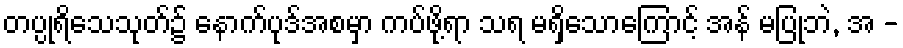
တပ္ပုရိသေသုတ်၌ နောက်ပုဒ်အစမှာ ကပ်ဖို့ရာ သရ မရှိသောကြောင့် အန် မပြုဘဲ, အ -